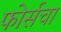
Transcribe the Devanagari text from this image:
फोर्सचा